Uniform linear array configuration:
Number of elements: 8
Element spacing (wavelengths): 0.75
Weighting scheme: exponential
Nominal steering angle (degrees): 45
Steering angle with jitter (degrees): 43.492
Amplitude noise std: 0.05
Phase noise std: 0.05

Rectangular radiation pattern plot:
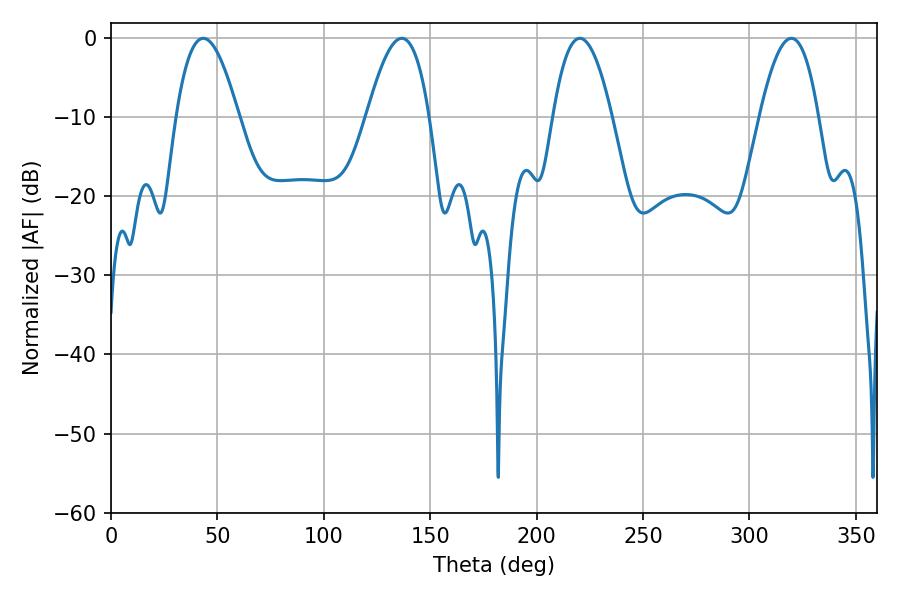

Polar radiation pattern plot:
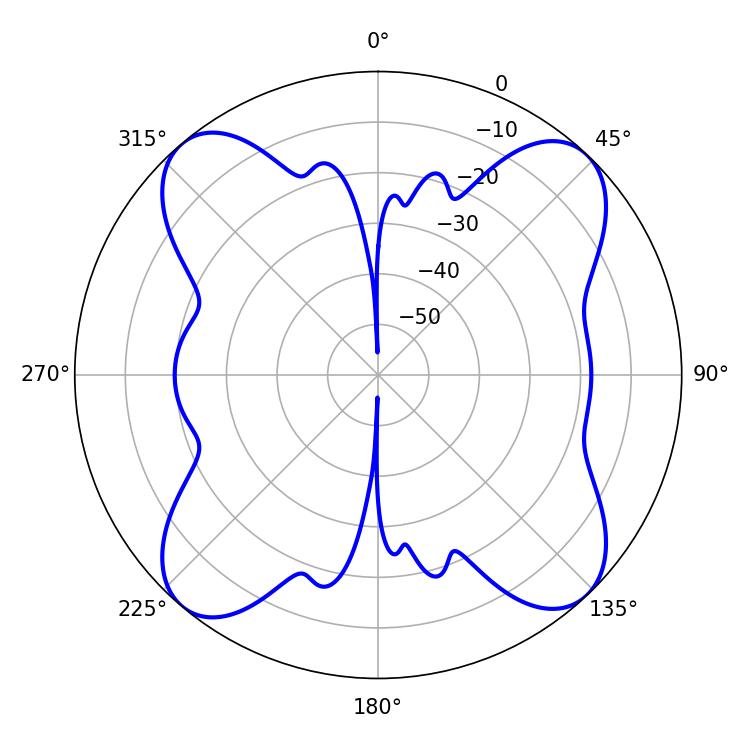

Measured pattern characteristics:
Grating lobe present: TRUE
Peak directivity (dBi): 15.583
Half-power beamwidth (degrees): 15.12
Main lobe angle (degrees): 220.32